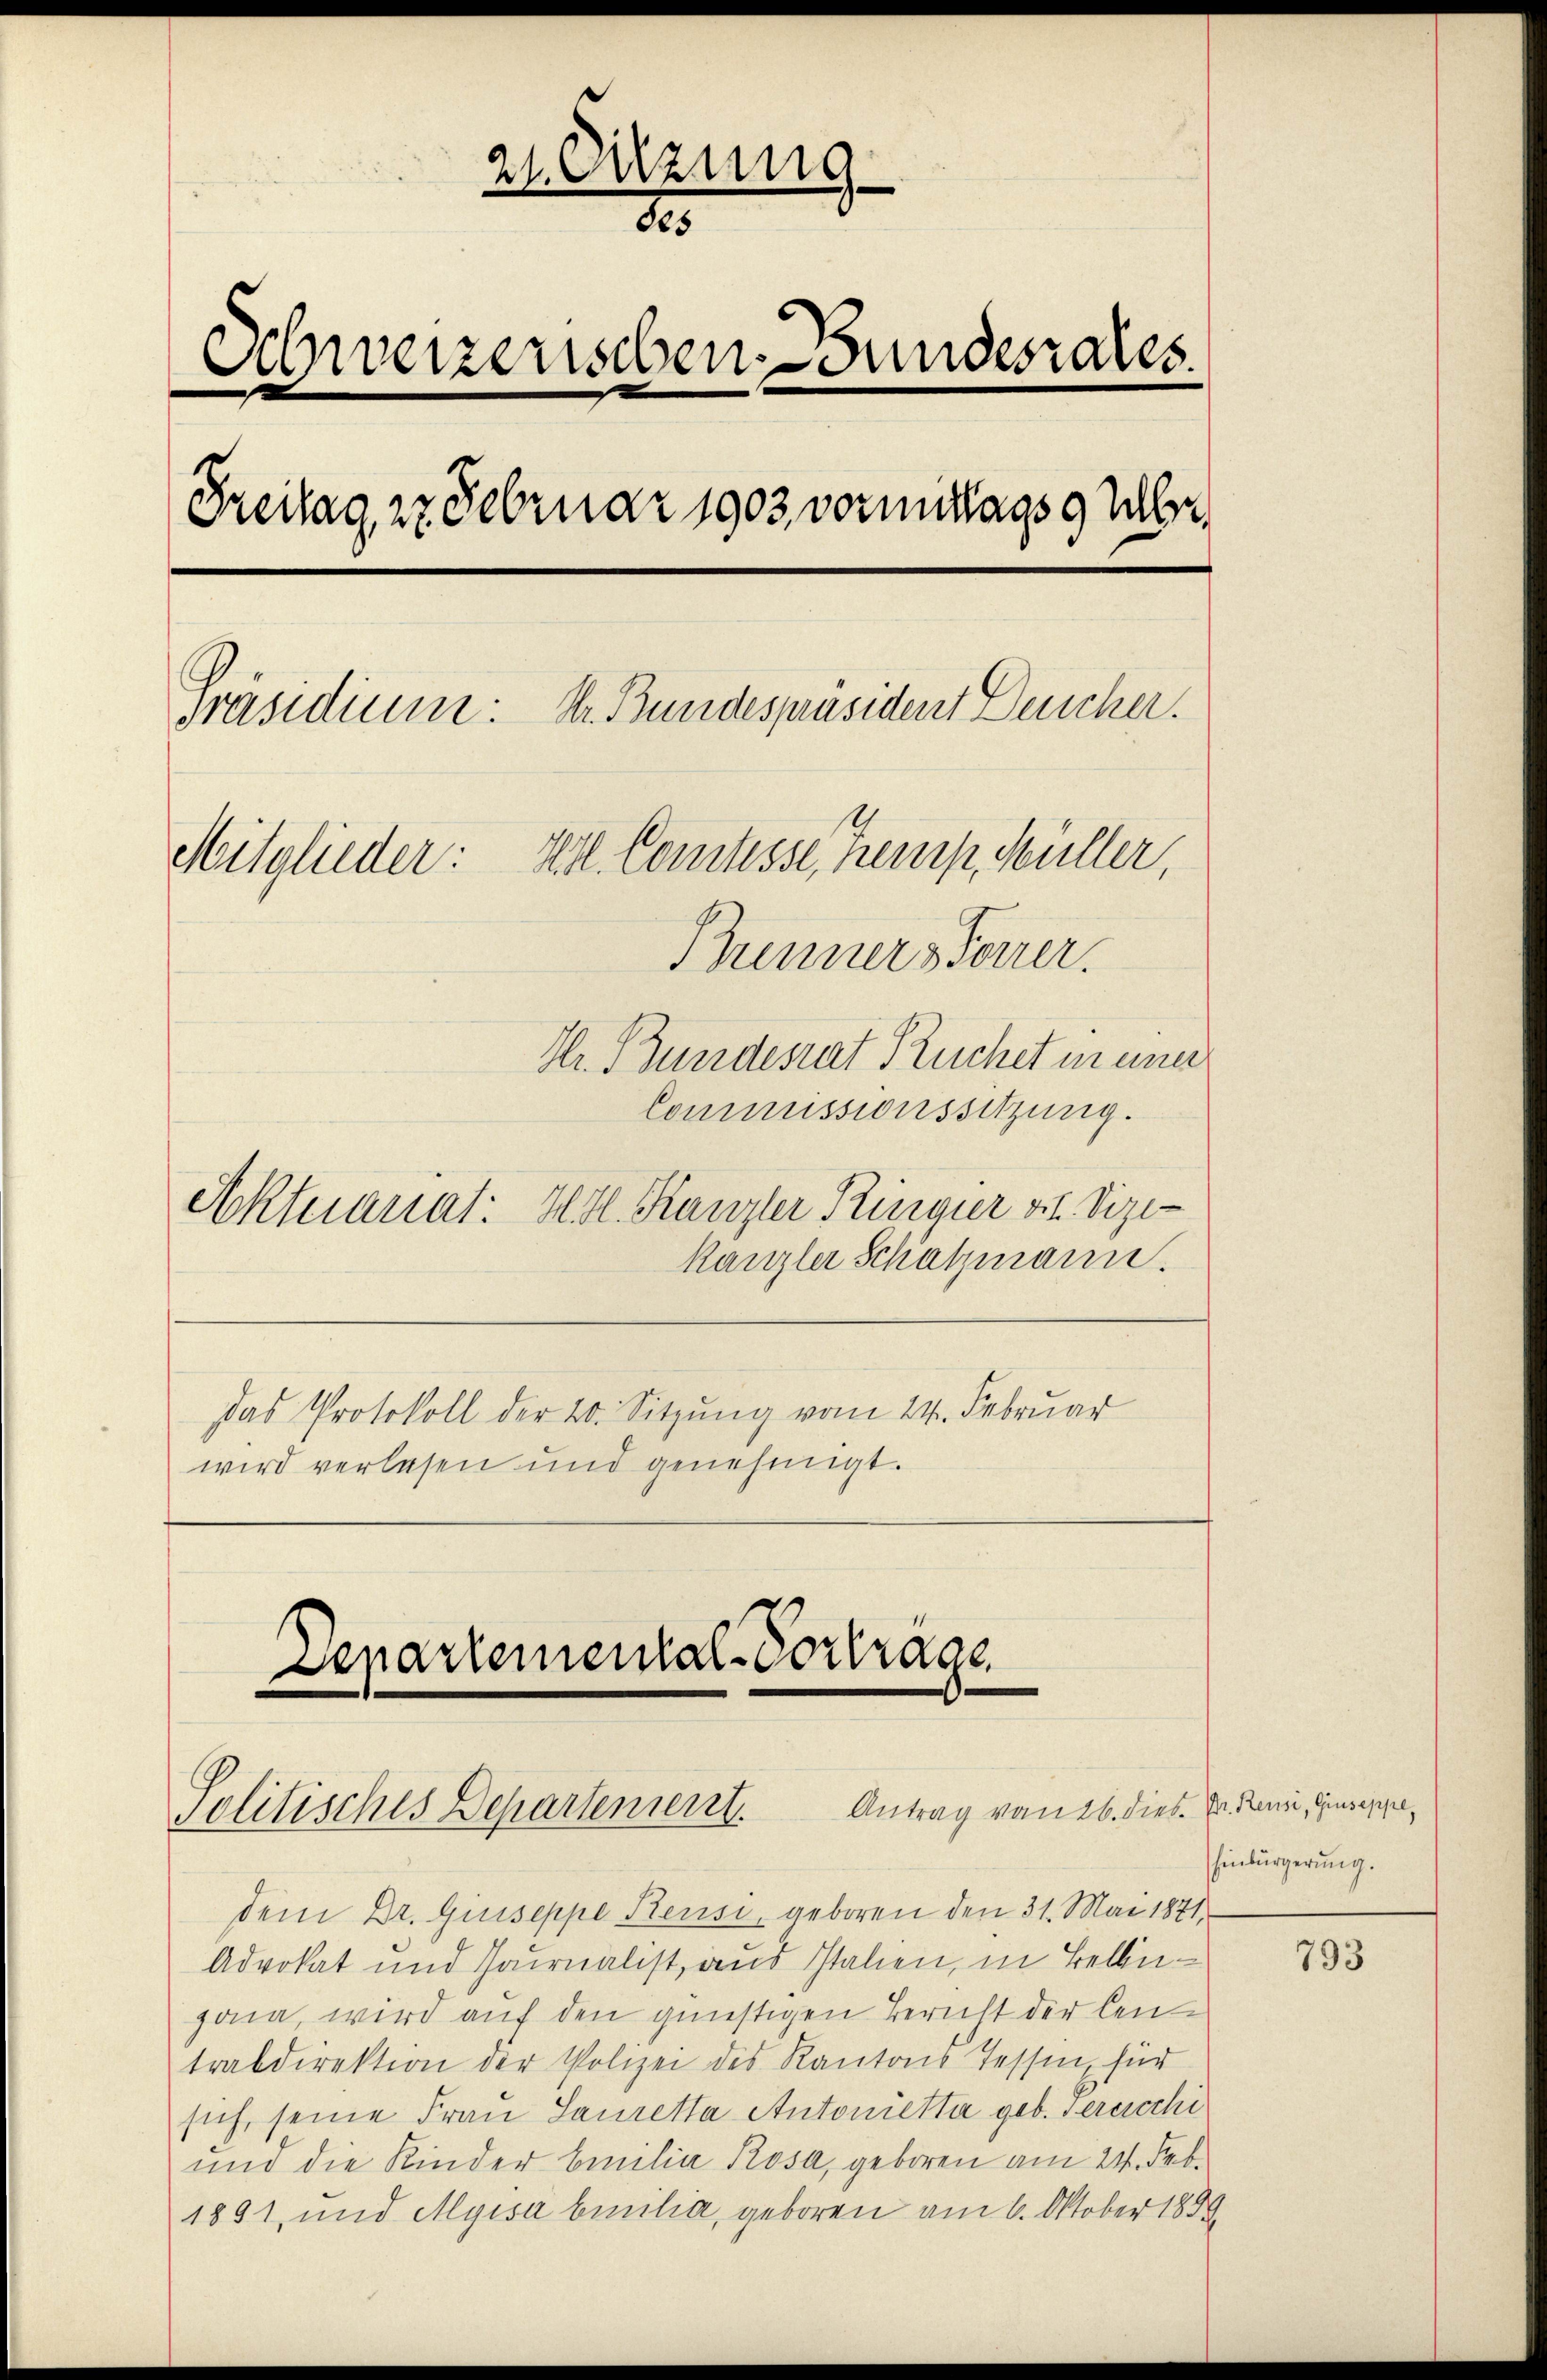
21. Sitzung
1
Schweizerischen Bundesrates.
Freitag 27 Februar 1903 vormittags 9 Uhr
Präsidium: Dr. Bundespräsident Deucher.
Mitglieder: Hs. Comtesse, Kemp, Müller,
Brenners Forrer.
Hr. Bundesrat Ruchet maner
Commissionssitzung.

Aktuariat: H. H. Kanzler Ringier v. Sizikanzler Schatzmann.
Das Protokoll der 20. Sitzung vom 24. Februar
wird verlesen und genehmigt.

Departemental-Vortrage
Solitisches Departeniert. Antrag vom 26. dies. Er dann ginge¬

dem Dr. Giuseppe Keusi, geboren den 31. Mai 1871
Advokat und Journalist, aus Italien, in Bellingana, wird auf den günstigen Bericht der Centrabdirektion der Polizei des Kantons Tessin, für
sich, seine Frau Sauretta Antonietta geb. Percicchi
und die Kinder Emilia Rosa, geboren am 24. Feb.
1891, und Myisa beilia, geboren am 6. Oktober 1889

hinbürgerung.

793